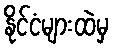
နိုင်ငံများထဲမှ